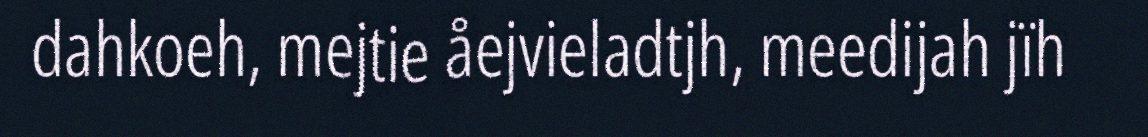
dahkoeh, mejtie åejvieladtjh, meedijah jïh